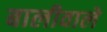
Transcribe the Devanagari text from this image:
बालीवाले